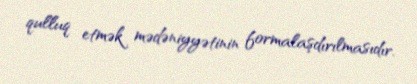
qulluq etmək mədəniyyətinin formalaşdırılmasıdır.